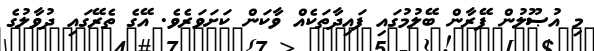
މި އުޞޫލުން ފޭރާން ބޭލުމުގައި ފައިދާތަކެއް ވާކަން ކަށަވަރެވެ. އޭގެ ތެރޭގައި ދުވާލުގެ